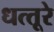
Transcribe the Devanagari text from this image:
धत्‍तूरे